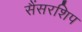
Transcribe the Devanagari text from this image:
सैंसरशिप